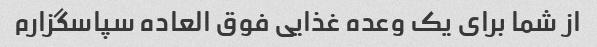
از شما برای یک وعده غذایی فوق العاده سپاسگزارم